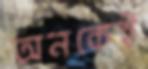
অনকেই